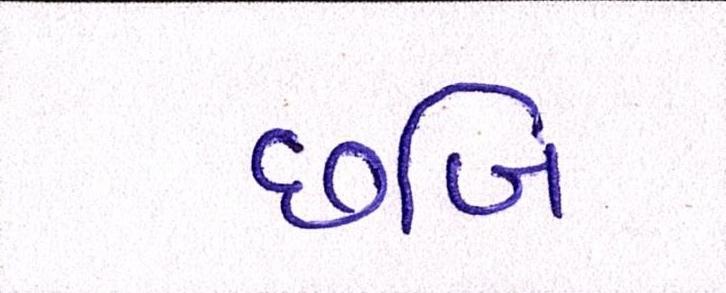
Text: છબિ